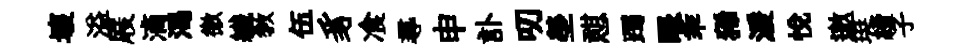
壞溢屐滴渴徼纎敎伍豸飡𡬶申訃叨塋憇躅眼乖狶湲悦邀珽續子